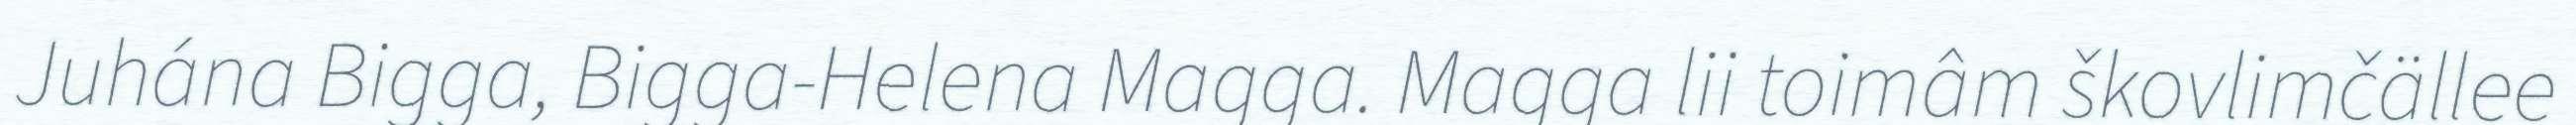
Juhána Bigga, Bigga-Helena Magga. Magga lii toimâm škovlimčällee